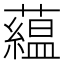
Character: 藴